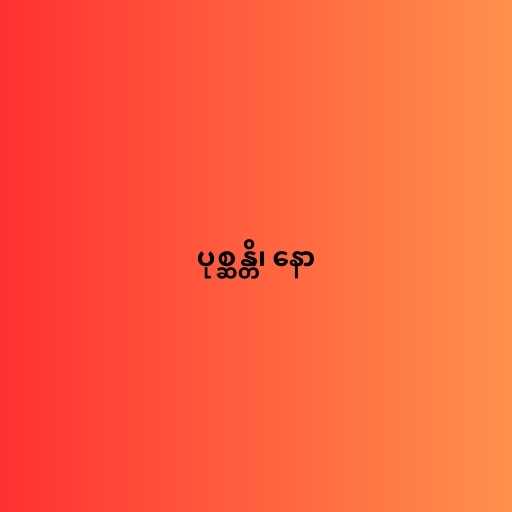
ပုစ္ဆန္တိ၊ နော